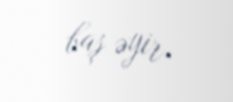
baş əyir.